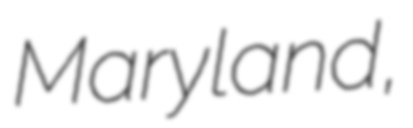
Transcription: Maryland,